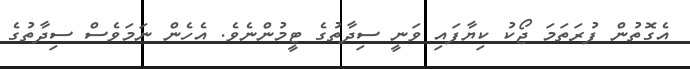
އެގޮތުން ފުރަތަމަ ޖޯކު ކިޔާފައި ވަނީ ސިދާތުގެ ޓީމުންނެވެ. އެހެން ނަމަވެސް ސިދާތުގެ